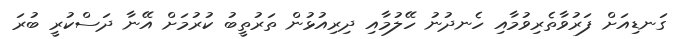
ގަނޑިއަށް ފަރުވާތެރިވުމާއި ހެނދުނު ހޭލުމާއި ދިރިއުޅުން ތަރުތީބު ކުރުމަށް އޭނާ ދަސްކުރީ ބުރަ